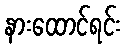
နားထောင်ရင်း